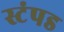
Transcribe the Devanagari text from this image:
स्टंपड